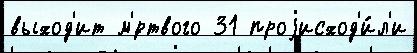
выход'ит м'́ртвого 31 проjисход'и́л'и